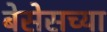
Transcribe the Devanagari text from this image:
बेसेसच्या